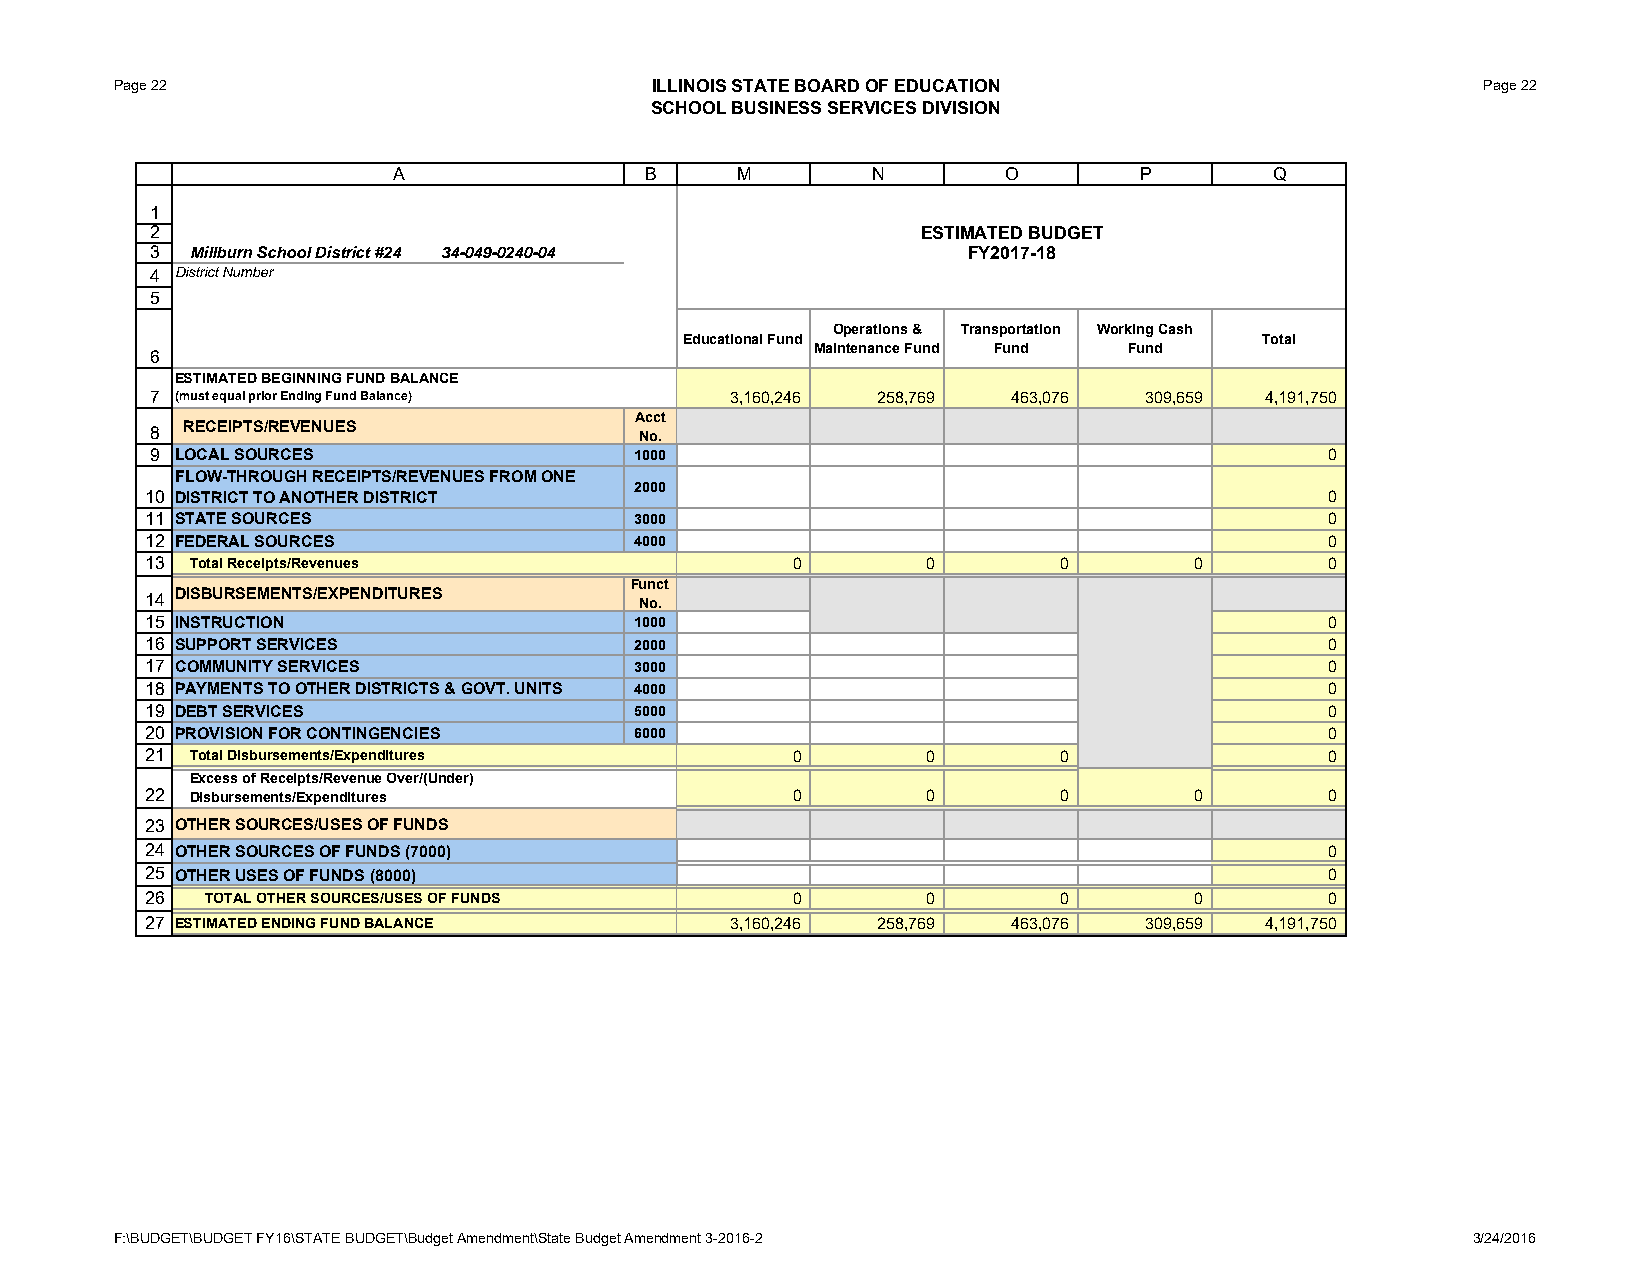
Page 22                            ILLINOIS STATE BOARD OF EDUCATION                      Page 22
 SCHOOL BUSINESS SERVICES DIVISION
 A                B     M        N        O       P        Q
 1
 2                                                  ESTIMATED BUDGET
 3  Millburn School District #24 34-049-0240-04        FY2017-18
 4 District Number
 5
 Operations & Transportation Working Cash
 Educational Fund                      Total
 Maintenance Fund Fund Fund
 6
 ESTIMATED BEGINNING FUND BALANCE
 7 (must equal prior Ending Fund Balance) 3,160,246 258,769 463,076 309,659 4,191,750
 Acct
 8 RECEIPTS/REVENUES             No.
 9 LOCAL SOURCES                 1000                                          0
 FLOW-THROUGH RECEIPTS/REVENUES FROM ONE
 2000
 10 DISTRICT TO ANOTHER DISTRICT                                               0
 11 STATE SOURCES                3000                                          0
 12 FEDERAL SOURCES              4000                                          0
 13 Total Receipts/Revenues                0        0        0        0        0
 Funct
 14 DISBURSEMENTS/EXPENDITURES   No.
 15 INSTRUCTION                  1000                                          0
 16 SUPPORT SERVICES             2000                                          0
 17 COMMUNITY SERVICES           3000                                          0
 18 PAYMENTS TO OTHER DISTRICTS & GOVT. UNITS 4000                             0
 19 DEBT SERVICES                5000                                          0
 20 PROVISION FOR CONTINGENCIES  6000                                          0
 21 Total Disbursements/Expenditures       0        0        0                 0
 Excess of Receipts/Revenue Over/(Under)
 22 Disbursements/Expenditures             0        0        0        0        0
 23 OTHER SOURCES/USES OF FUNDS
 24 OTHER SOURCES OF FUNDS (7000)                                              0
 25 OTHER USES OF FUNDS (8000)                                                 0
 26  TOTAL OTHER SOURCES/USES OF FUNDS     0        0        0        0        0
 27 ESTIMATED ENDING FUND BALANCE      3,160,246 258,769  463,076  309,659 4,191,750
 F:\BUDGET\BUDGET FY16\STATE BUDGET\Budget Amendment\State Budget Amendment 3-2016-2      3/24/2016